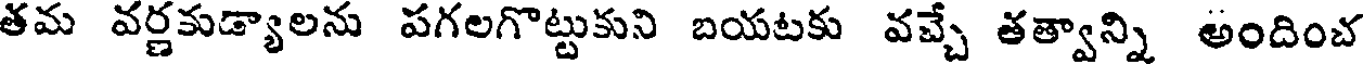
తమ వర్ణకుడ్యాలను పగలగొట్టుకుని బయటకు వచ్చే తత్వాన్ని అందించ